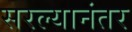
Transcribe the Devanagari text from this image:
सरल्यानंतर